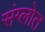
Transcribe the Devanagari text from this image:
संग्लोत